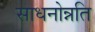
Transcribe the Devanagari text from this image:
साधनोन्नति